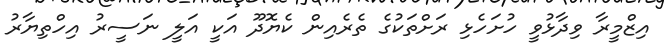
އިޒްމީރާ ވިދާޅުވީ ހުށަހެޅި ރަށްތަކުގެ ތެރެއިން ކެޔޮދޫ އަކީ އަލީ ނަސީރު އިހްތިޔާރު